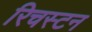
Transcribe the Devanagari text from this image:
रिचस्टन